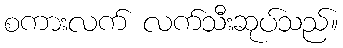
စကားလက် လက်သီးဆုပ်သည်။